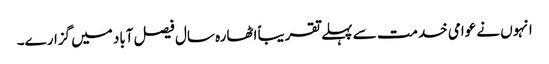
انہوں نے عوامی خدمت سے پہلے تقریباً اٹھارہ سال فیصل آباد میں گزارے۔